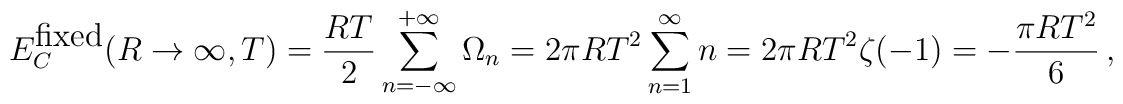
E_C^{\mbox{fixed}}(R\to\infty,T)=\frac{RT}{2}\sum_{n=-\infty}^{+\infty}\Omega_n=2\pi R T^2\sum_{n=1}^{\infty}n=2\pi R T^2\zeta (-1)= - \frac{\pi R T^2}{6}\,{,}